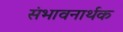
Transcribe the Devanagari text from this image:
संभावनार्थक